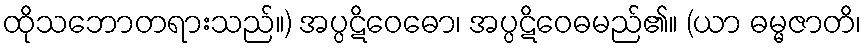
ထိုသဘောတရားသည်။) အပ္ပဋိဝေဓော၊ အပ္ပဋိဝေဓမည်၏။ (ယာ ဓမ္မဇာတိ၊